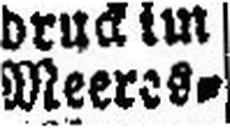
Meeres=